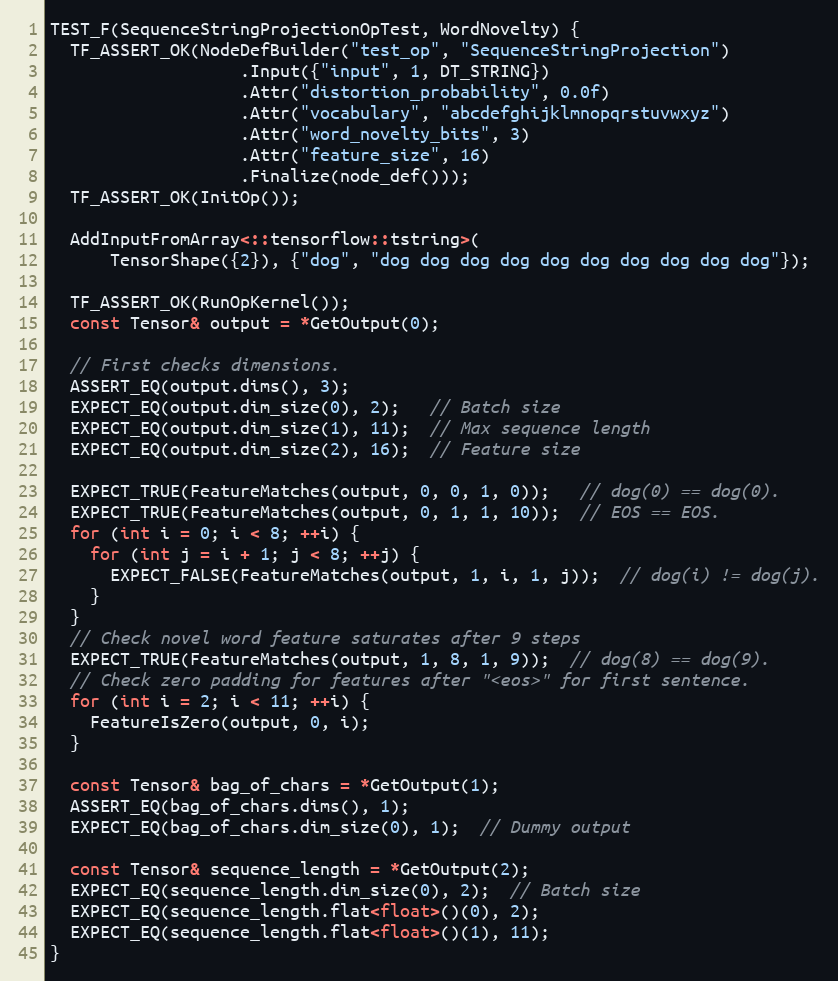
Language: C++
TEST_F(SequenceStringProjectionOpTest, WordNovelty) {
  TF_ASSERT_OK(NodeDefBuilder("test_op", "SequenceStringProjection")
                   .Input({"input", 1, DT_STRING})
                   .Attr("distortion_probability", 0.0f)
                   .Attr("vocabulary", "abcdefghijklmnopqrstuvwxyz")
                   .Attr("word_novelty_bits", 3)
                   .Attr("feature_size", 16)
                   .Finalize(node_def()));
  TF_ASSERT_OK(InitOp());

  AddInputFromArray<::tensorflow::tstring>(
      TensorShape({2}), {"dog", "dog dog dog dog dog dog dog dog dog dog"});

  TF_ASSERT_OK(RunOpKernel());
  const Tensor& output = *GetOutput(0);

  // First checks dimensions.
  ASSERT_EQ(output.dims(), 3);
  EXPECT_EQ(output.dim_size(0), 2);   // Batch size
  EXPECT_EQ(output.dim_size(1), 11);  // Max sequence length
  EXPECT_EQ(output.dim_size(2), 16);  // Feature size

  EXPECT_TRUE(FeatureMatches(output, 0, 0, 1, 0));   // dog(0) == dog(0).
  EXPECT_TRUE(FeatureMatches(output, 0, 1, 1, 10));  // EOS == EOS.
  for (int i = 0; i < 8; ++i) {
    for (int j = i + 1; j < 8; ++j) {
      EXPECT_FALSE(FeatureMatches(output, 1, i, 1, j));  // dog(i) != dog(j).
    }
  }
  // Check novel word feature saturates after 9 steps
  EXPECT_TRUE(FeatureMatches(output, 1, 8, 1, 9));  // dog(8) == dog(9).
  // Check zero padding for features after "<eos>" for first sentence.
  for (int i = 2; i < 11; ++i) {
    FeatureIsZero(output, 0, i);
  }

  const Tensor& bag_of_chars = *GetOutput(1);
  ASSERT_EQ(bag_of_chars.dims(), 1);
  EXPECT_EQ(bag_of_chars.dim_size(0), 1);  // Dummy output

  const Tensor& sequence_length = *GetOutput(2);
  EXPECT_EQ(sequence_length.dim_size(0), 2);  // Batch size
  EXPECT_EQ(sequence_length.flat<float>()(0), 2);
  EXPECT_EQ(sequence_length.flat<float>()(1), 11);
}